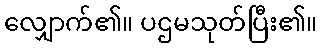
လျှောက်၏။ ပဌမသုတ်ပြီး၏။